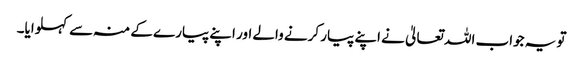
تو یہ جواب اللہ تعالیٰ نے اپنے پیار کرنے والے اور اپنے پیارے کے منہ سے کہلوایا۔